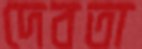
দেবতা